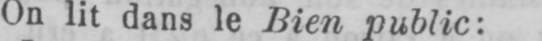
On lit dans le Bien public: